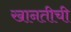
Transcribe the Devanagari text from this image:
खानतीची